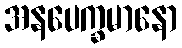
အနပေက္ခမာနော